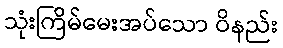
သုံးကြိမ်မေးအပ်သော ဝိနည်း